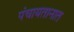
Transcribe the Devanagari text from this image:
पंचायतानात